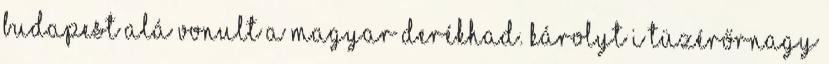
Budapest alá vonult a magyar derékhad. Károlyt I tüzérőrnagy